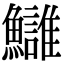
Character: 𩽀